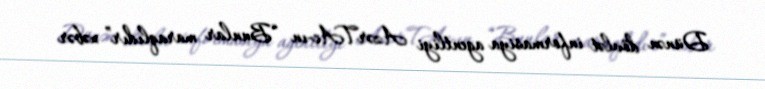
Dünən dövlət informasiya agentliyi AzərTAc-ın “Bunlar maraqlıdır” xəbər